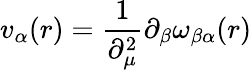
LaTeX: v_{\alpha}(r)=\frac{1}{\partial_{\mu}^{2}}\partial_{\beta}\omega_{\beta\alpha}(r)